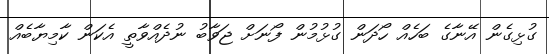
ގުޅިގެން އޭނާގެ ބަހެއް ހޯދަން ގުޅުމުން ފޯނަށް ޖަވާބު ނުދެއްވާތީ އެކަން ކާމިޔާބެއް